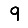
Digit: 9